Annual administration report of the Civil Veterinary Department of India - 1897-1898
Year: 1897
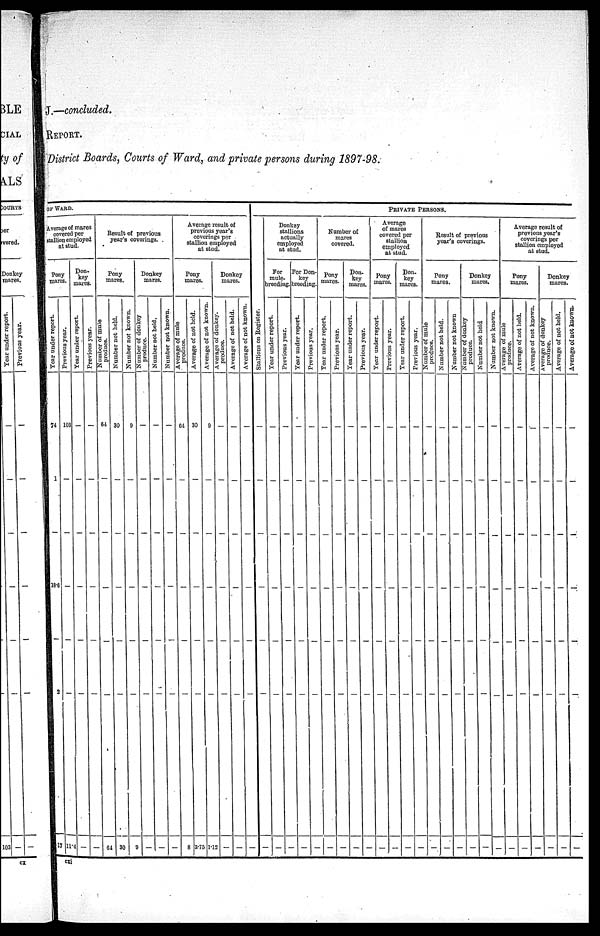
J.—concluded.
REPORT.
District Boards, Courts of Ward, and private persons during 1897-98.
OF WARD.
Average of mares
covered per
stallion employed
at stud.
Pony
mares.
Year under report.
74
1
—
18.6
—
2
17
Previous year.
103
—
—
—
—
—
11.4
Don-
key
mares.
Year under report.
—
—
—
—
—
—
—
Previous year.
—
—
—
—
—
—
—
Result of previous
year's coverings.
Pony
mares.
Number of mule
produce.
64
—
—
—
—
—
64
Number not held.
30
—
—
—
—
—
30
Number not known.
9
—
—
—
—
—
9
Donkey
mares.
Number of donkey
produce.
—
—
—
—
—
—
—
Number not held.
—
—
—
—
—
—
—
Number not known.
—
—
—
—
—
—
—
Average result of
previous year's
coverings per
stallion employed
at stud.
Pony
mares.
Average of mule
produce.
64
—
—
—
—
—
8
Average of not held.
30
—
—
—
—
—
3.75
Average of not known.
9
—
—
—
—
—
1.12
Donkey
mares.
Average of donkey.
produce.
—
—
—
—
—
—
—
Average of not held.
—
—
—
—
—
—
—
Average of not known.
—
—
—
—
—
—
—
PRIVATE PERSONS.
Stallions on Register.
—
—
—
—
—
—
—
Donkey
stallions
actually
employed
at stud.
For
mule-
breeding.
Year under report.
—
—
—
—
—
—
—
Previous year.
—
—
—
—
—
—
—
For Don-
key
breeding.
Year under report.
—
—
—
—
—
—
—
Previous year.
—
—
—
—
—
—
—
Number of
mares
covered.
Pony
mares.
Year under report.
—
—
—
—
—
—
—
Previous year.
—
—
—
—
—
—
—
Don-
key
mares.
Year under report.
—
—
—
—
—
—
—
Previous year.
—
—
—
—
—
—
—
Average
of mares
covered per
stallion
employed
at stud.
Pony
mares.
Year under report.
—
—
—
—
—
—
—
Previous year.
—
—
—
—
—
—
—
Don-
key
mares.
Year
under report.
—
—
—
—
—
—
—
Previous year.
—
—
—
—
—
—
—
Result of previous
year's coverings.
Pony
mares.
Number of mule
produce.
—
—
—
—
—
—
—
Number not held.
—
—
—
—
—
—
—
Number
not known
—
—
—
—
—
—
—
Donkey
mares.
Number of donkey
produce.
—
—
—
—
—
—
—
Number not held
—
—
—
—
—
—
—
Number not known.
—
—
—
—
—
—
—
Average result of
previous year's
coverings per
stallion employed
at stud.
Pony
mares.
Average of mule
produce.
—
—
—
—
—
—
—
Average of not held.
—
—
—
—
—
—
—
Average of not known.
—
—
—
—
—
—
—
Donkey
mares.
Average of donkey
produce.
—
—
—
—
—
—
—
Average of not held.
—
—
—
—
—
—
—
Average of not
known.
—
—
—
—
—
—
—
cxi